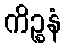
ကိဉ္စနံ